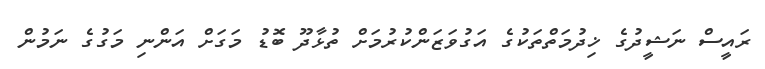
ރައީސް ނަޝީދުގެ ޚިދުމަތްތަކުގެ އަގުވަޒަންކުރުމަށް ތުޅާދޫ ބޮޑު މަގަށް އަންނި މަގުގެ ނަމުން